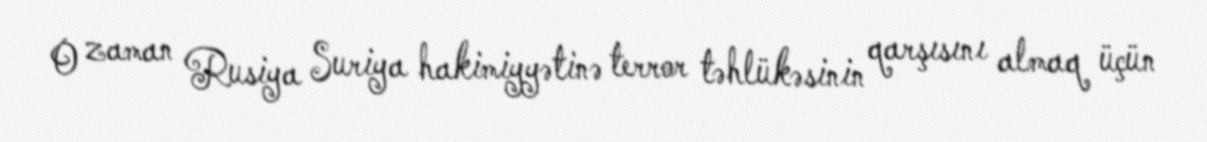
O zaman Rusiya Suriya hakimiyyətinə terror təhlükəsinin qarşısını almaq üçün